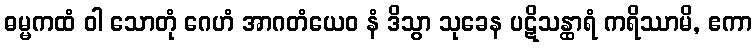
ဓမ္မကထံ ဝါ သောတုံ ဂေဟံ အာဂတံယေဝ နံ ဒိသွာ သုခေန ပဋိသန္ထာရံ ကရိဿာမိ, ဧကာ